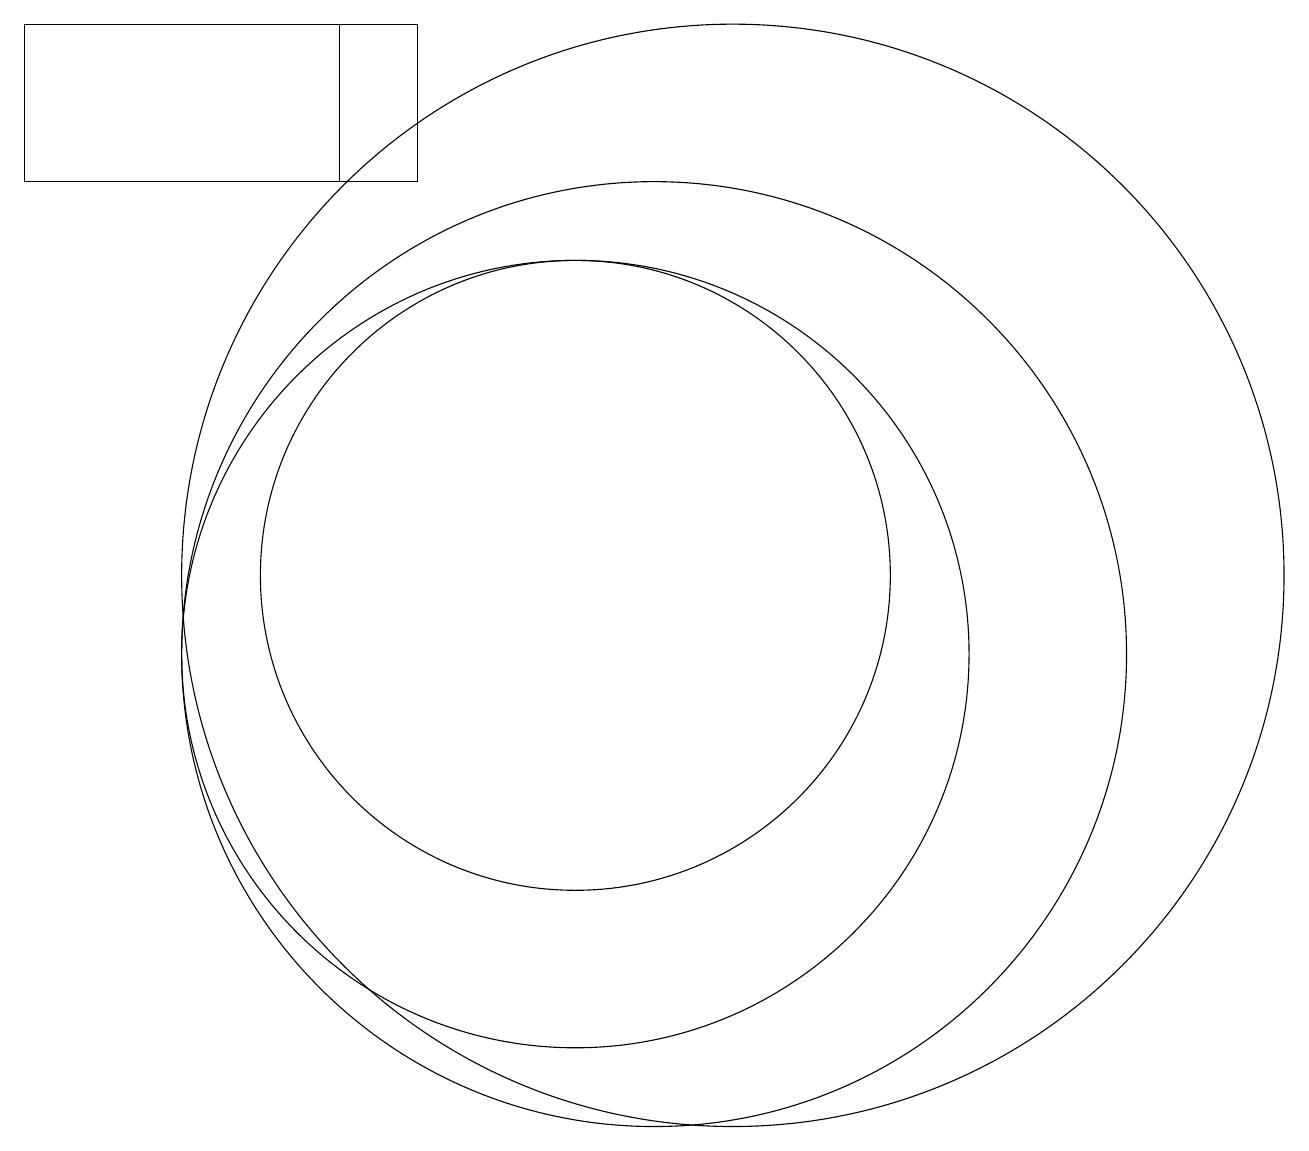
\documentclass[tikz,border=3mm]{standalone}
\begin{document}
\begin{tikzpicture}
\draw (7,17) rectangle (3,19);
\draw (8,17) rectangle (7,19);
\draw (10,12) circle (4);
\draw (10,11) circle (5);
\draw (12,12) circle (7);
\draw (11,11) circle (6);
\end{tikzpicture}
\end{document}